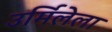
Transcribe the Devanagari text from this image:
उर्मिलेला